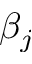
\beta _ { j }